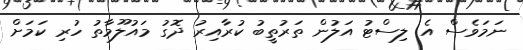
ނަމަވެސް އެ ލިސްޓު އަލުން ތަރުތީބު ކުރާއިރު ދޮގު މައުލޫމާތު ހުރި ކަމަށް